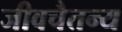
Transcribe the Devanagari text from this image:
जीवचैतन्य